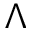
\Lambda